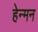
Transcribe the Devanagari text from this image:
हेन्मन